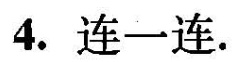
4. 连一连.